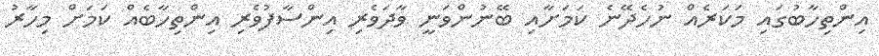
އިންތިހާބުގައި މަކަރެއް ނުހެދޭނެ ކަމަށާއި ބޭނުންވަނީ ވާދަވެރި އިންސާފުވެރި އިންތިހާބެއް ކަމަށް މިހާރު